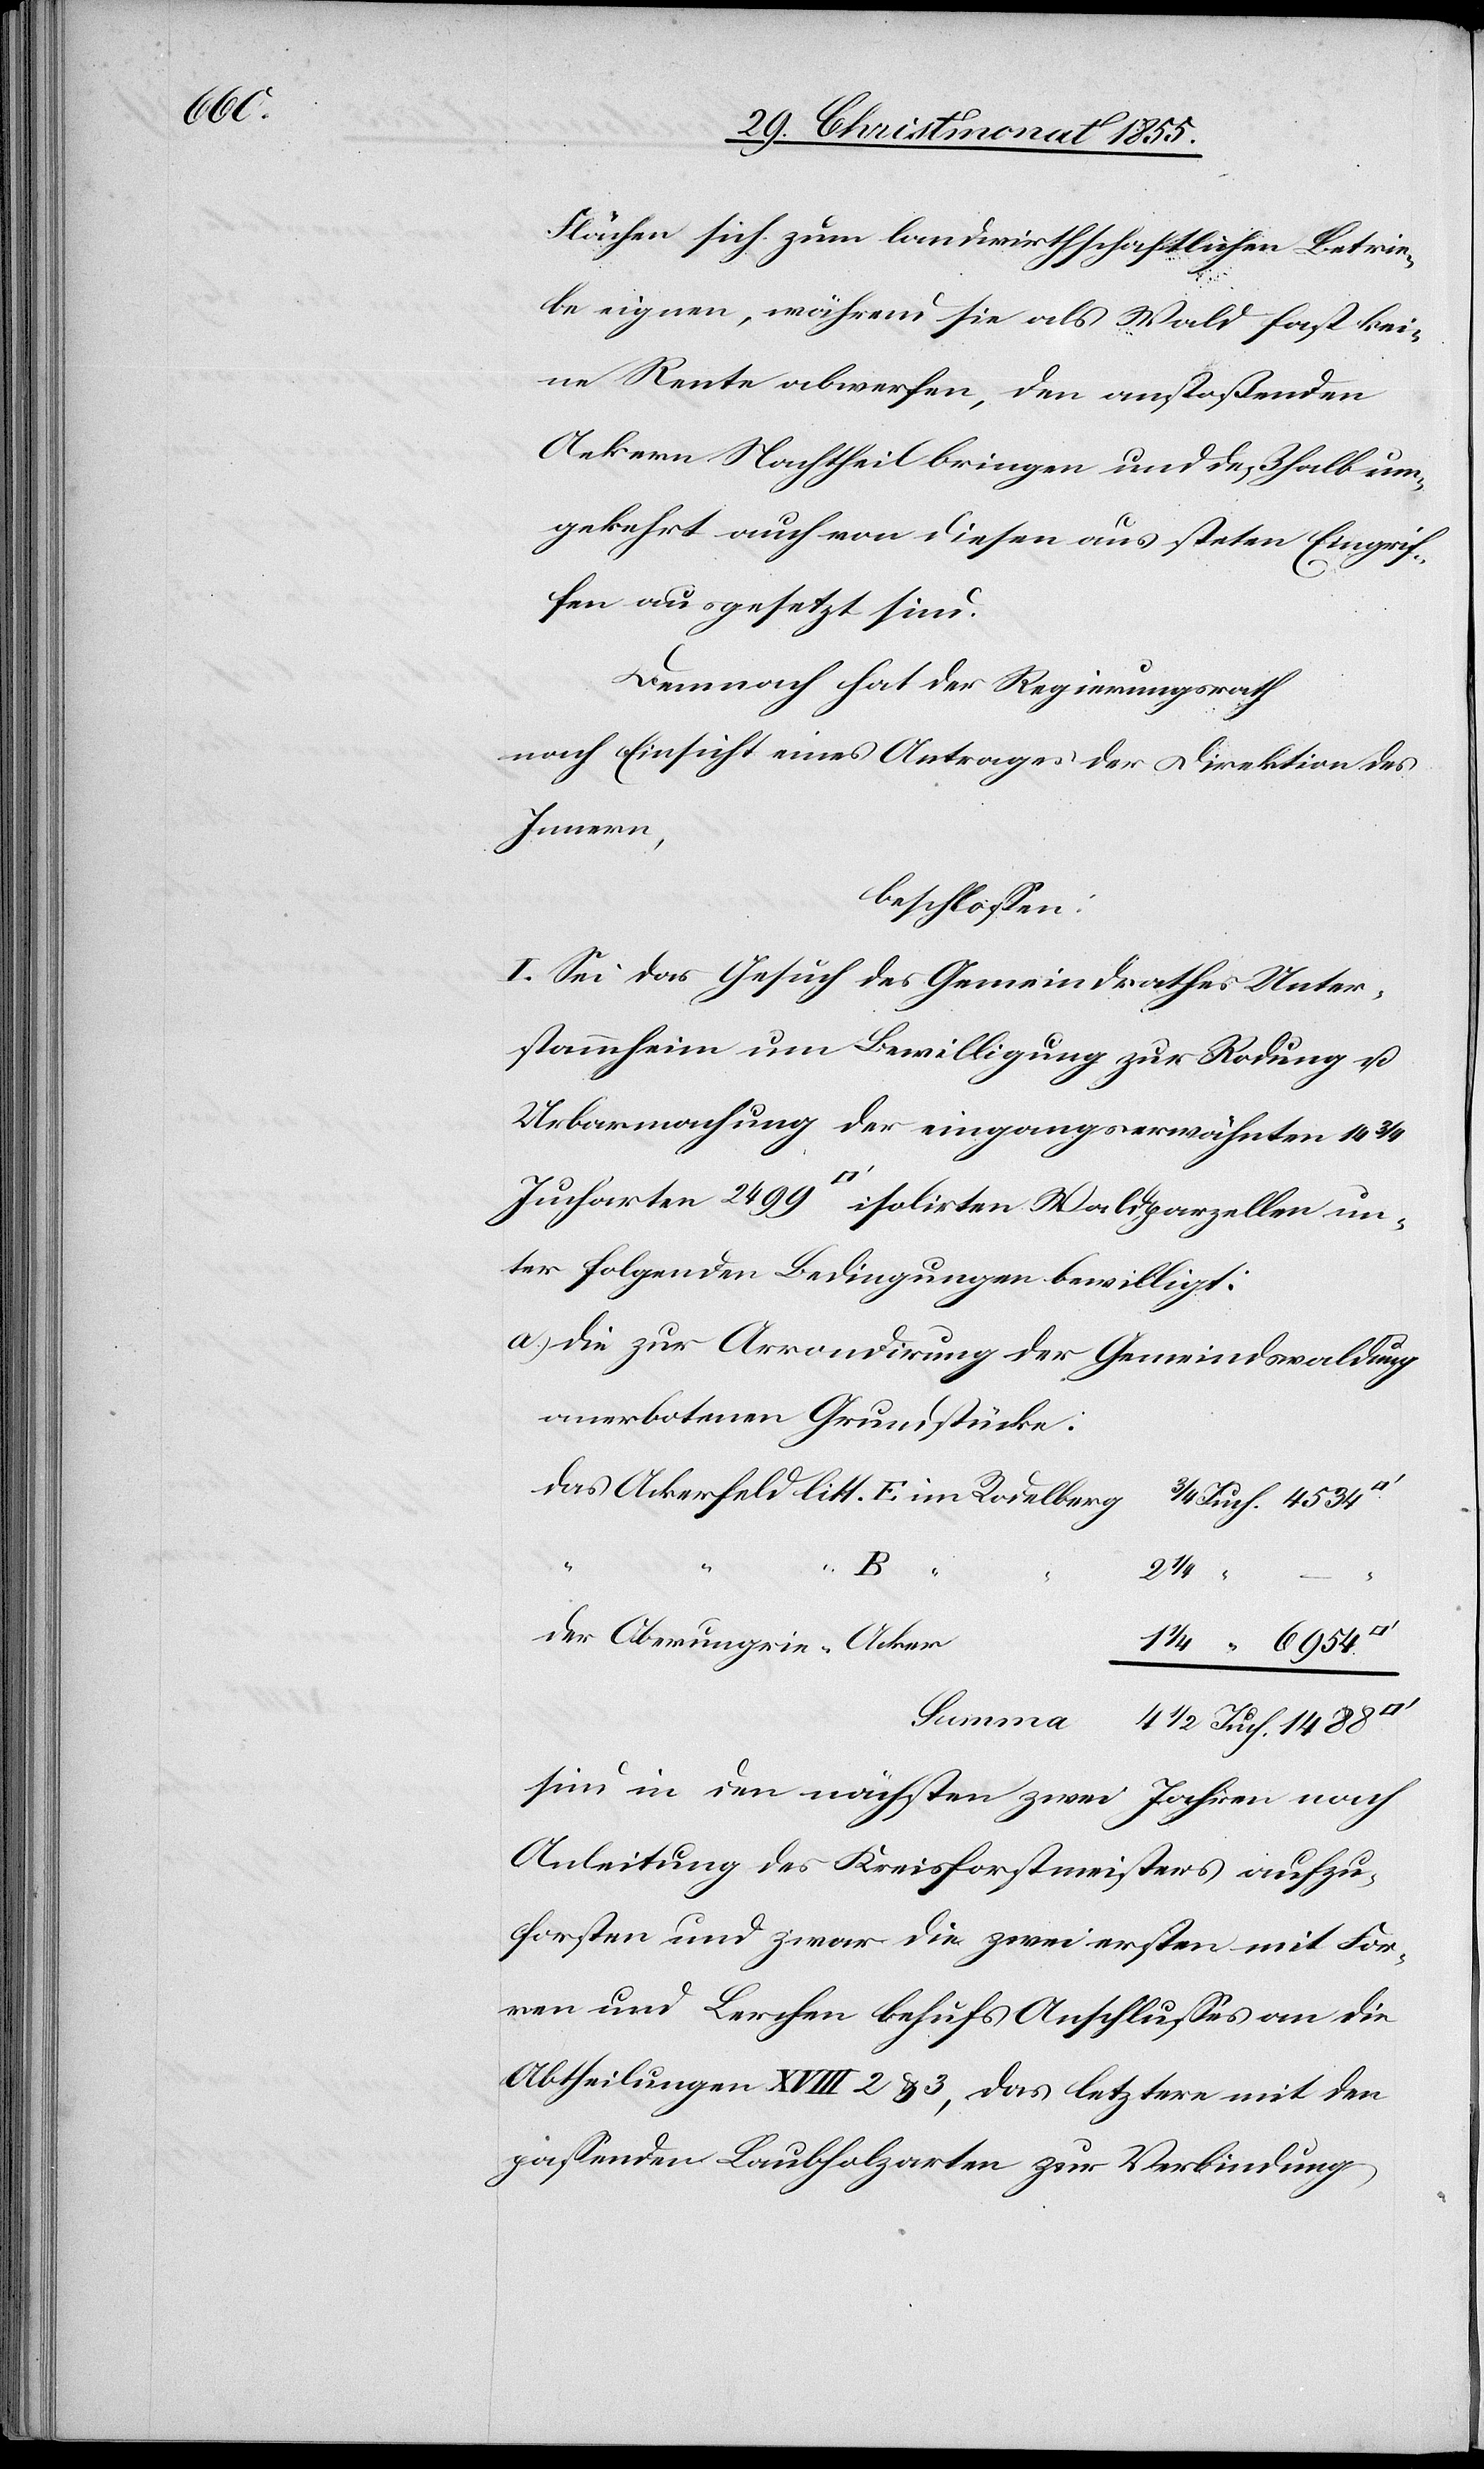
1488

Flächen sich zum landwirthschaftlichen Betrie¬
be eignen, während sie als Wald fast kei¬
ne Rente abwerfen, den anstoßenden
Ae[c]kern Nachtheil bringen und deßhalb um¬
gekehrt auch von diesen aus steten Eingrif¬
fen ausgesetzt sind.
Demnach hat der Regierungsrath
nach Einsicht eines Antrages der Direktion des
Innern,
beschlossen:
I. Sei das Gesuch des Gemeindrathes Unter¬
stammheim um Bewilligung zur Rodung u.
Urbarmachung der eingangserwähnten 14
Jucharten 2499 [Quadratfuß] isolirten Waldparzellen un¬
ter folgenden Bedingungen bewilligt:
Die zur Arrondirung der Gemeindswaldung
anerbotenen Grundstücke:
B “
2 1/4
–
der Oberungrie-Acker
1/4 “ 6954.
sind in den nächsten zwei Jahren nach
Anleitung des Kreisforstmeisters aufzu¬
forsten und zwar die zwei ersten mit For¬
ren und Lerchen behufs Anschlusses an die
Abtheilungen XVIII 2 & 3, das letztere mit den
passenden Laubholzarten zur Verbindung